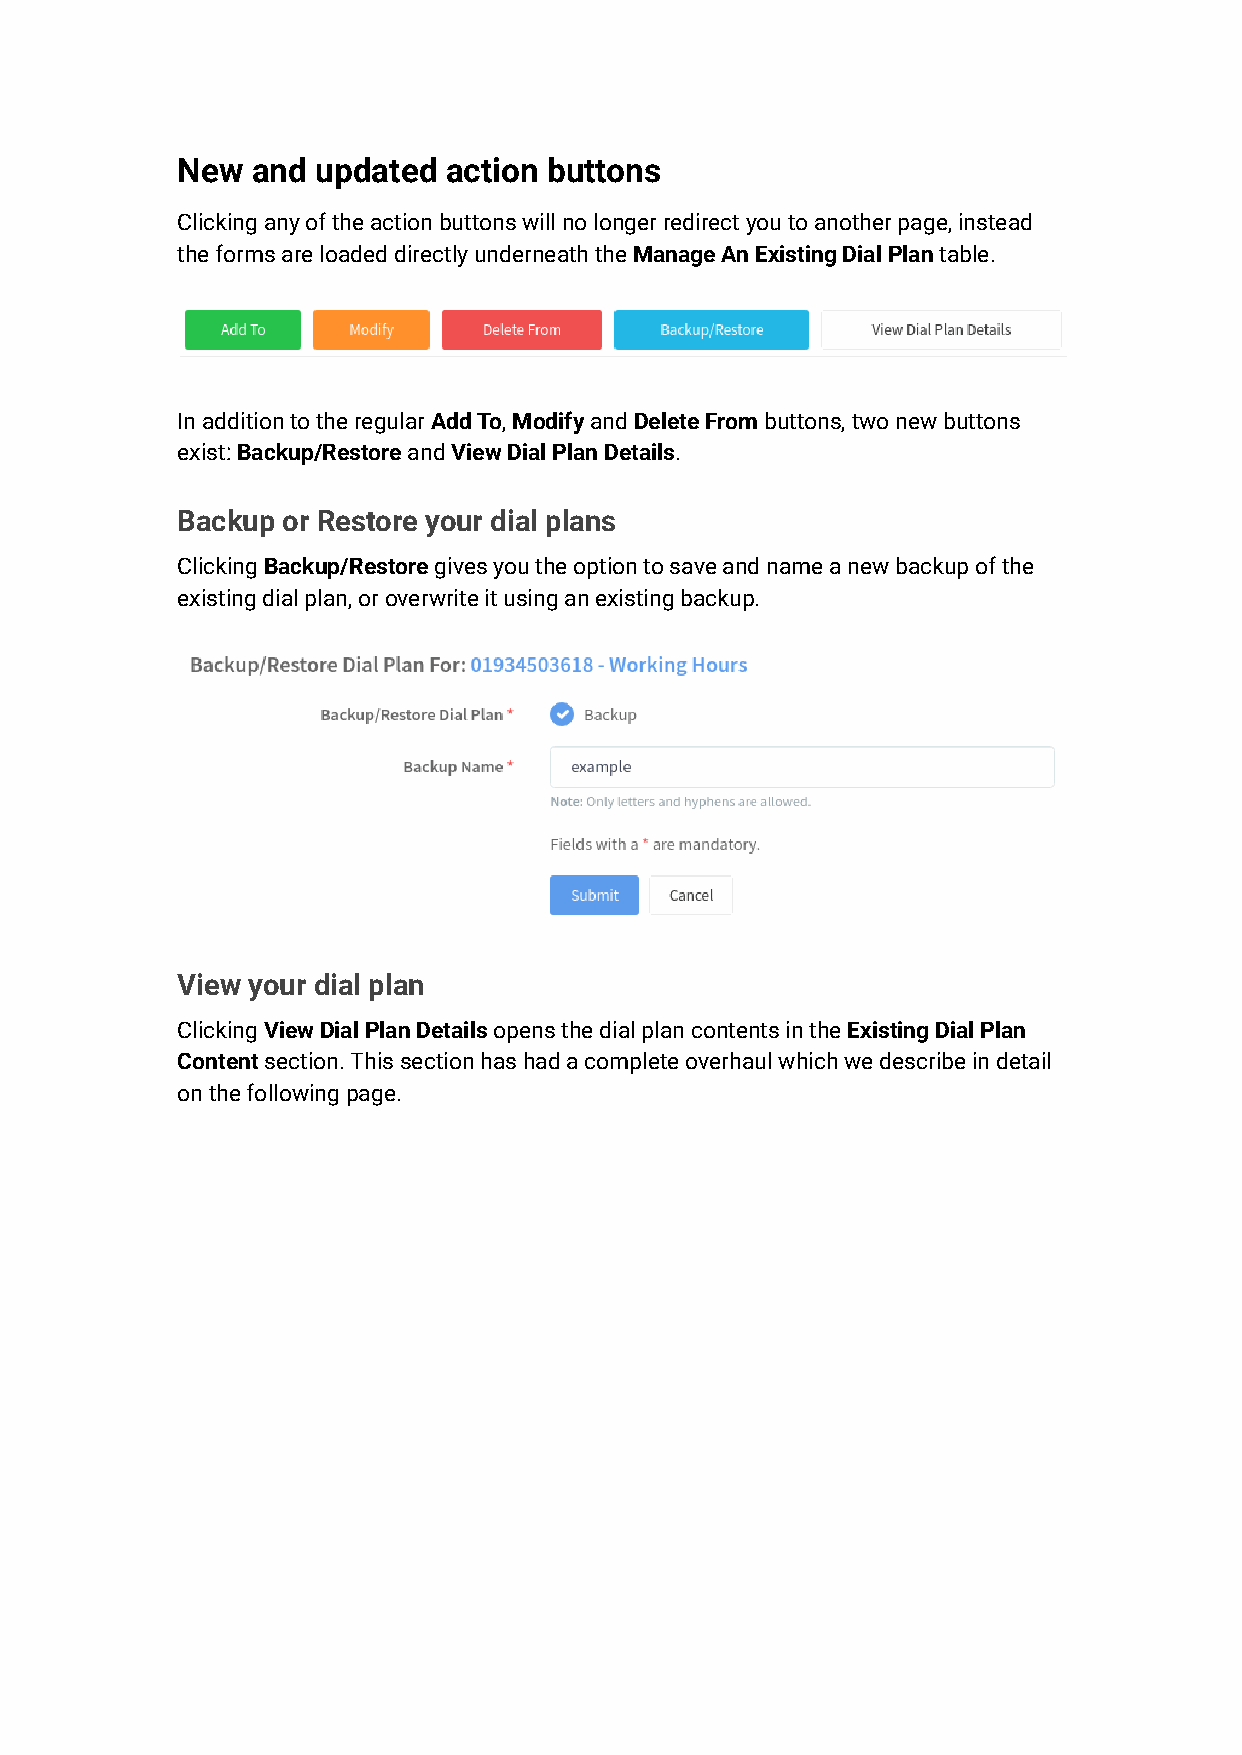
New  and updated action buttons
 Clicking any of the action buttons will no longer redirect you to another page, instead
 the forms are loaded directly underneath theManageAn Existing Dial Plantable.
 In addition to the regularAdd To,ModifyandDeleteFrombuttons, two new buttons
 exist:Backup/RestoreandView Dial Plan Details.
 Backup or Restore your dial plans
 ClickingBackup/Restoregives you the option to saveand name a new backup of the
 existing dial plan, or overwrite it using an existing backup.
 View your dial plan
 ClickingView Dial Plan Detailsopens the dial plancontents in theExisting Dial Plan
 Contentsection. This section has had a complete overhaulwhich we describe in detail
 on the following page.